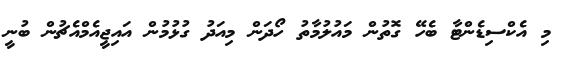
މި އެކްސިޑެންޓާ ބެހޭ ގޮތުން މައުލުމާތު ހޯދަން މިއަދު ގުޅުމުން އައިޖީއެމްއެޗުން ބުނީ